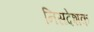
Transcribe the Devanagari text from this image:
निसदेशक